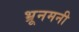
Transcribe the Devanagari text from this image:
भ्रूनमनी